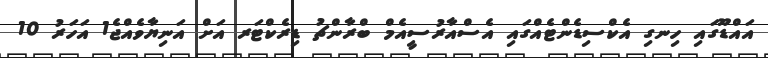
އައްޑޫގައި ހިނގި އެކްސިޑެންޓެއްގައި އެސްއާރުސީއެމް ބްރާންޗު ޑިރެކްޓަރ އަށް އަނިޔާވެއްޖެ1 އަހަރު 10